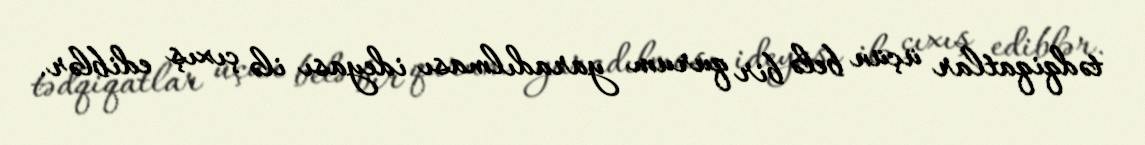
tədqiqatlar üçün belə bir qurum yaradılması ideyası ilə çıxış ediblər.